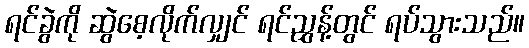
ရင်ခွဲကို ဆွဲစေ့လိုက်လျှင် ရင်ညွှန့်တွင် ရပ်သွားသည်။